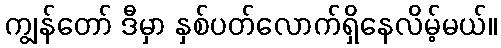
ကျွန်တော် ဒီမှာ နှစ်ပတ်လောက်ရှိနေလိမ့်မယ်။